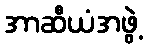
အာဆီယံအဖွဲ့